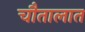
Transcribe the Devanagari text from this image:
चौतालात